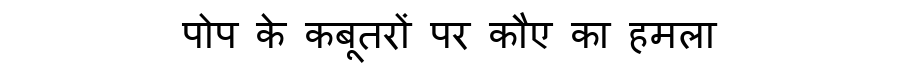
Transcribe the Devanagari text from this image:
पोप के कबूतरों पर कौए का हमला